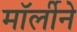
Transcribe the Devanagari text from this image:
मॉर्लीने